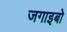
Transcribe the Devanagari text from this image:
जगाइबो